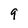
Character: 9